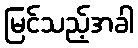
မြင်သည့်အခါ